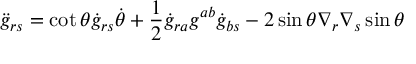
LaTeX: { \ddot { g } } _ { r s } = \cot \theta { \dot { g } } _ { r s } { \dot { \theta } } + \frac { 1 } { 2 } { \dot { g } } _ { r a } g ^ { a b } { \dot { g } } _ { b s } - 2 \sin \theta \nabla _ { r } \nabla _ { s } \sin \theta